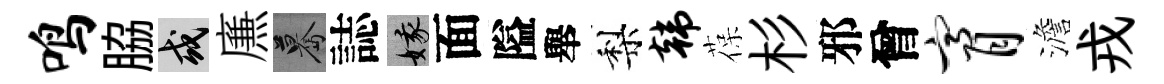
鸣脇或㢘驀誌娥面隘舉梨韩葆杉邪曾膏澹戎